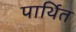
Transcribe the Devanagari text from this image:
पार्थित